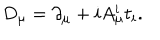
D _ { \mu } = \partial _ { \mu } + i A _ { \mu } ^ { i } t _ { i } .